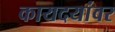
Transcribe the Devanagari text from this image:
कायदयांवर